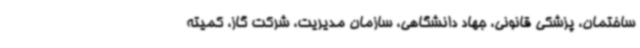
ساختمان، پزشکی قانونی، جهاد دانشگاهی، سازمان مدیریت، شرکت گاز، کمیته